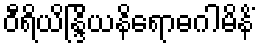
ဝီရိယိန္ဒြိယနိရောဓဂါမိနိံ